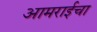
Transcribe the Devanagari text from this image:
आमराईचा